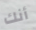
أنك